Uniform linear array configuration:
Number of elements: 4
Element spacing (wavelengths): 0.75
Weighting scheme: uniform
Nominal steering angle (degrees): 0
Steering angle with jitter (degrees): -1.174
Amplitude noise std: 0.05
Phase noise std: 0.05

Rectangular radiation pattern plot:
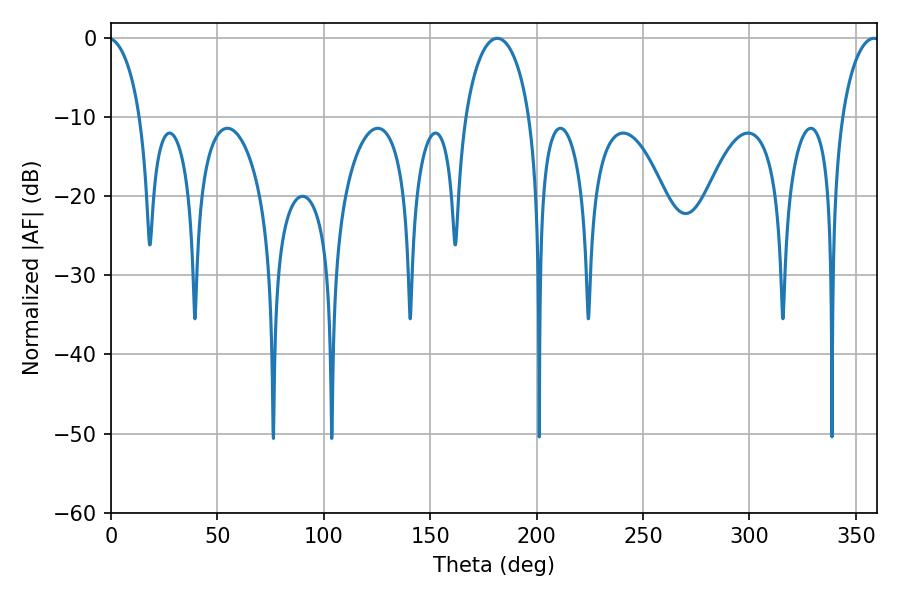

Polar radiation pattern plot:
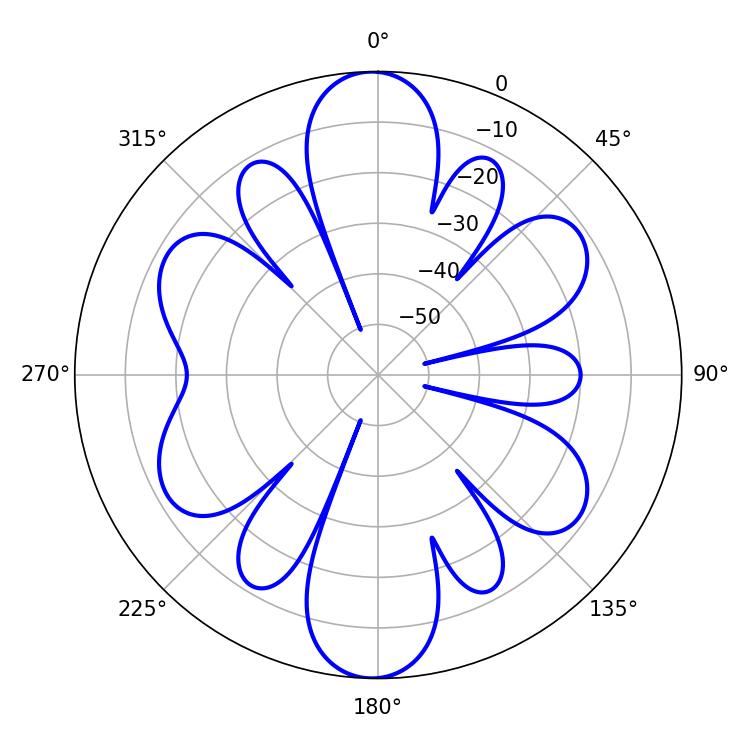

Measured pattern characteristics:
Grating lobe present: TRUE
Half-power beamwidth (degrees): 17.46
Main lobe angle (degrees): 181.44